Vaccination United Provinces of Agra and Oudh 1902-1913 - 1902-1913
Year: 1902
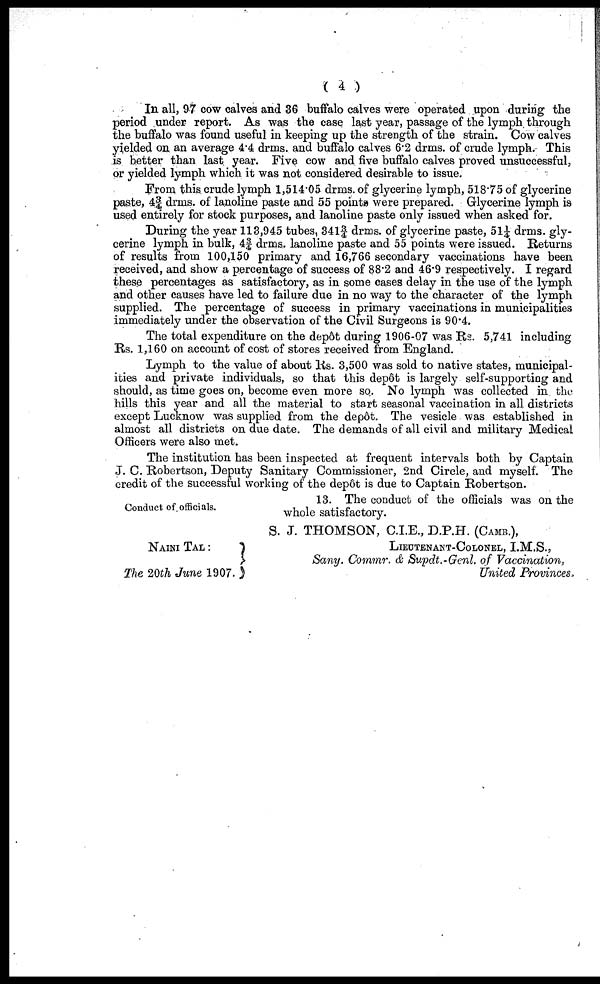
( 4 )
In all, 97 cow calves and 36 buffalo calves were operated upon during the
period under report. As was the case last year, passage of the lymph through
the buffalo was found useful in keeping up the strength of the strain. Cow calves
yielded on an average 4.4 drms. and buffalo calves 6.2 drms. of crude lymph. This
is better than last year. Five cow and five buffalo calves proved unsuccessful,
or yielded lymph which it was not considered desirable to issue.
From this crude lymph 1,514.05 drms. of glycerine lymph, 518.75 of glycerine
paste, 4¾ drms. of lanoline paste and 55 points were prepared. Glycerine lymph is
used entirely for stock purposes, and lanoline paste only issued when asked for.
During the year 113,945 tubes, 341¾ drms. of glycerine paste, 51¼ drms. gly-
cerine lymph in bulk, 4¾ drms. lanoline paste and 55 points were issued. Returns
of results from 100,150 primary and 16,766 secondary vaccinations have been
received, and show a percentage of success of 88.2 and 46.9 respectively. I regard
these percentages as satisfactory, as in some cases delay in the use of the lymph
and other causes have led to failure due in no way to the character of the lymph
supplied. The percentage of success in primary vaccinations in municipalities
immediately under the observation of the Civil Surgeons is 90.4.
The total expenditure on the depôt during 1906-07 was Rs. 5,741 including
Rs. 1,160 on account of cost of stores received from England.
Lymph to the value of about Rs. 3,500 was sold to native states, municipal-
ities and private individuals, so that this depôt is largely self-supporting and
should, as time goes on, become even more so. No lymph was collected in the
hills this year and all the material to start seasonal vaccination in all districts
except Lucknow was supplied from the depôt. The vesicle was established in
almost all districts on due date. The demands of all civil and military Medical
Officers were also met.
The institution has been inspected at frequent intervals both by Captain
J. C. Robertson, Deputy Sanitary Commissioner, 2nd Circle, and myself. The
credit of the successful working of the depôt is due to Captain Robertson.
Conduct of officials.
13. The conduct of the officials was on the
whole satisfactory.
S. J. THOMSON, C.I.E., D.P.H. (CAMB.),
NAINI TAL :
The 20th June 1907.
LIEUTENANT-COLONEL, I.M.S.,
Sany. Commr. & Supdt.-Genl. of Vaccination,
United Provinces.